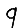
Digit: 9